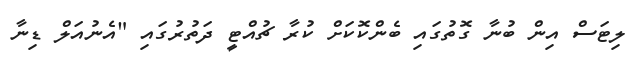
ލިޓަސް އިން ބުނާ ގޮތުގައި ބެންކޮކަށް ކުރާ ޗުއްޓީ ދަތުރުގައި "އެނުއަލް ޑިނާ